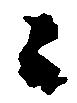
々